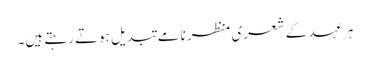
ہرعہد کے شعری منظر نامے تبدیل ہوتے رہتے ہیں۔